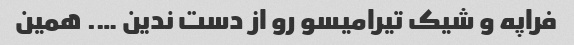
فراپه و شیک تیرامیسو رو از دست ندین …. همین